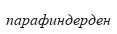
парафиндерден